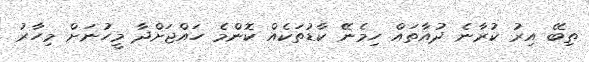
ތިބޭ އިރު ކުރާނެ ދުއާތައް ހިމެނޭ ކާޑުތަކެއް ކޮންމެ ހައްޖަށްދާ މީހުނަށް މިހާރު